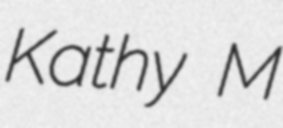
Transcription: Kathy M